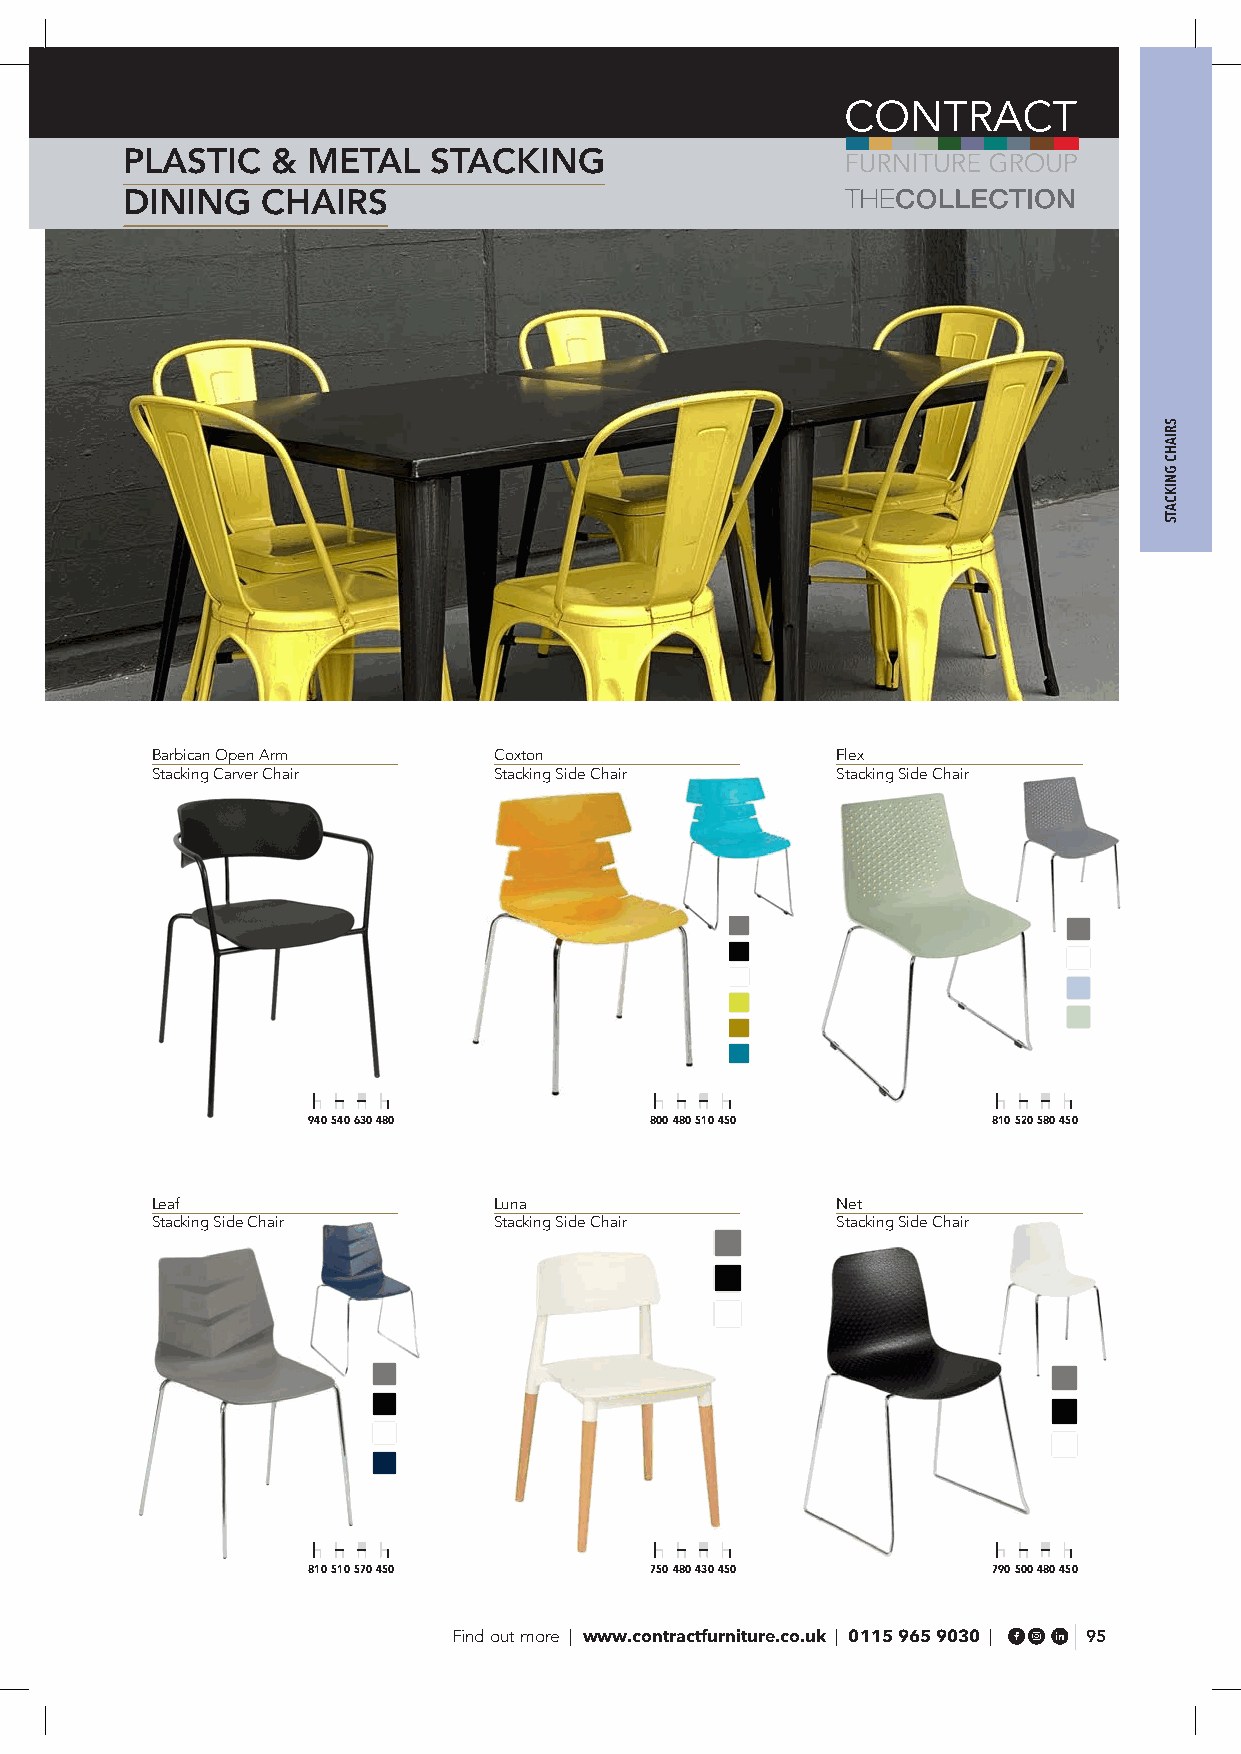
PLASTIC   & METAL    STACKING
 DINING   CHAIRS
 Barbican Open Arm      Coxton                Flex
 Stacking Carver Chair  Stacking Side Chair   Stacking Side Chair
 940 540 630 480        800 480 510 450        810 520 580 450
 Leaf                   Luna                  Net
 Stacking Side Chair    Stacking Side Chair   Stacking Side Chair
 810 510 570 450        750 480 430 450        790 500 480 450
 Find out more | www.contractfurniture.co.uk | 0115 965 9030 | 95
 SRIAHC
 GNIKCATS